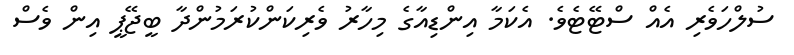
ސުލްހަވެރި އެއް ސްޓޭޓެވެެ. އެކަމާ އިންޑިއާގެ މިހާރު ވެރިކަންކުރަމުންދާ ބީޖޭޕީ އިން ވެސް